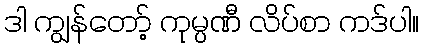
ဒါ ကျွန်တော့် ကုမ္ပဏီ လိပ်စာ ကဒ်ပါ။